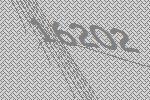
16202